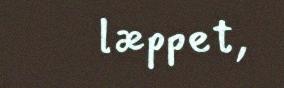
læppet,